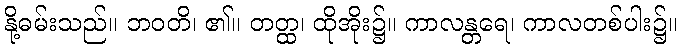
နို့ဓမ်းသည်။ ဘဝတိ၊ ၏။ တတ္ထ၊ ထိုအိုး၌။ ကာလန္တရေ၊ ကာလတစ်ပါး၌။